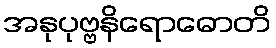
အနုပုဗ္ဗနိရောဓောတိ